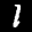
Label: 1